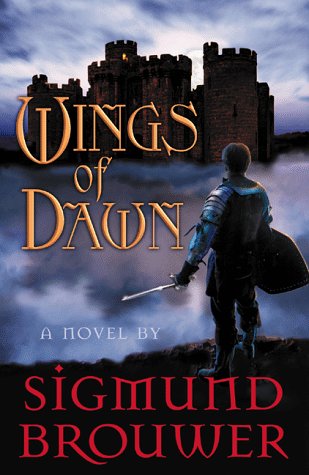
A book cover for Wings of Dawn; Sigmund Brouwer; Religion & Spirituality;